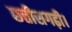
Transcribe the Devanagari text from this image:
छत्तीसगढ़ी।